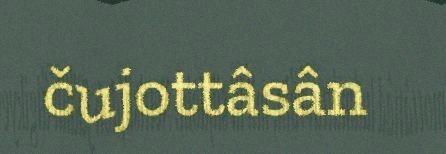
čujottâsân